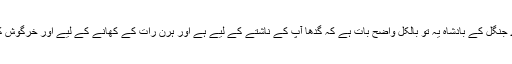
لومڑی انتہائی ادب کے ساتھ شیر سے مخاطب ہوئی کہ اے جنگل کے بادشاہ یہ تو بالکل واضح بات ہے کہ گدھا آپ کے ناشتے کے لیے ہے اور ہرن رات کے کھانے کے لیے اور خرگوش کو تو آپ درمیان میں کسی بھی وقت انجوائے کرسکتے ہیں۔